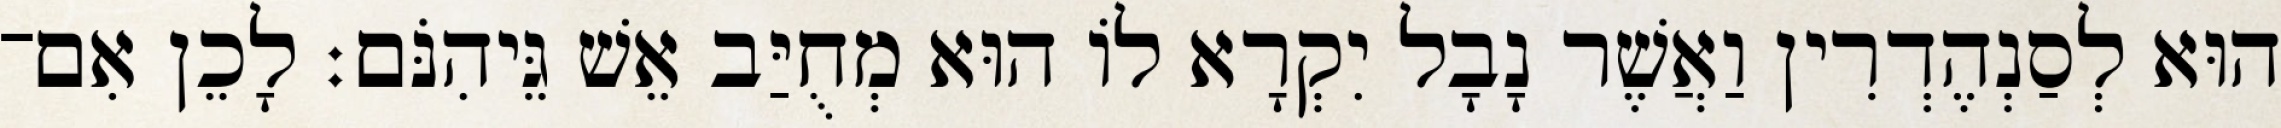
הוּא לְסַנְהֶדְרִין וַאֲשֶׁר נָבָל יִקְרָא לוֹ הוּא מְחֻיַּב אֵשׁ גֵּיהִנֹּם׃ לָכֵן אִם־